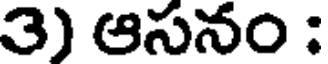
3) ఆసనం :